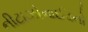
નીટાઝોનાઈડનો